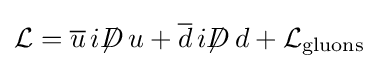
{\mathcal {L}}={\overline {u}}\,i\displaystyle {\not }D\,u+{\overline {d}}\,i\displaystyle {\not }D\,d+{\mathcal {L}}_{\mathrm {gluons} }~